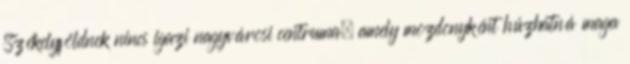
Székelyföldnek nincs igazi nagyvárosi centruma, amely mozdonyként húzhatná maga